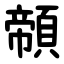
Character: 䫕